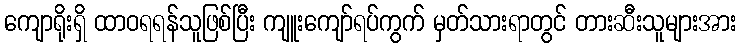
ကျောရိုးရှိ ထာဝရရန်သူဖြစ်ပြီး ကျူးကျော်ရပ်ကွက် မှတ်သားရာတွင် တားဆီးသူများအား